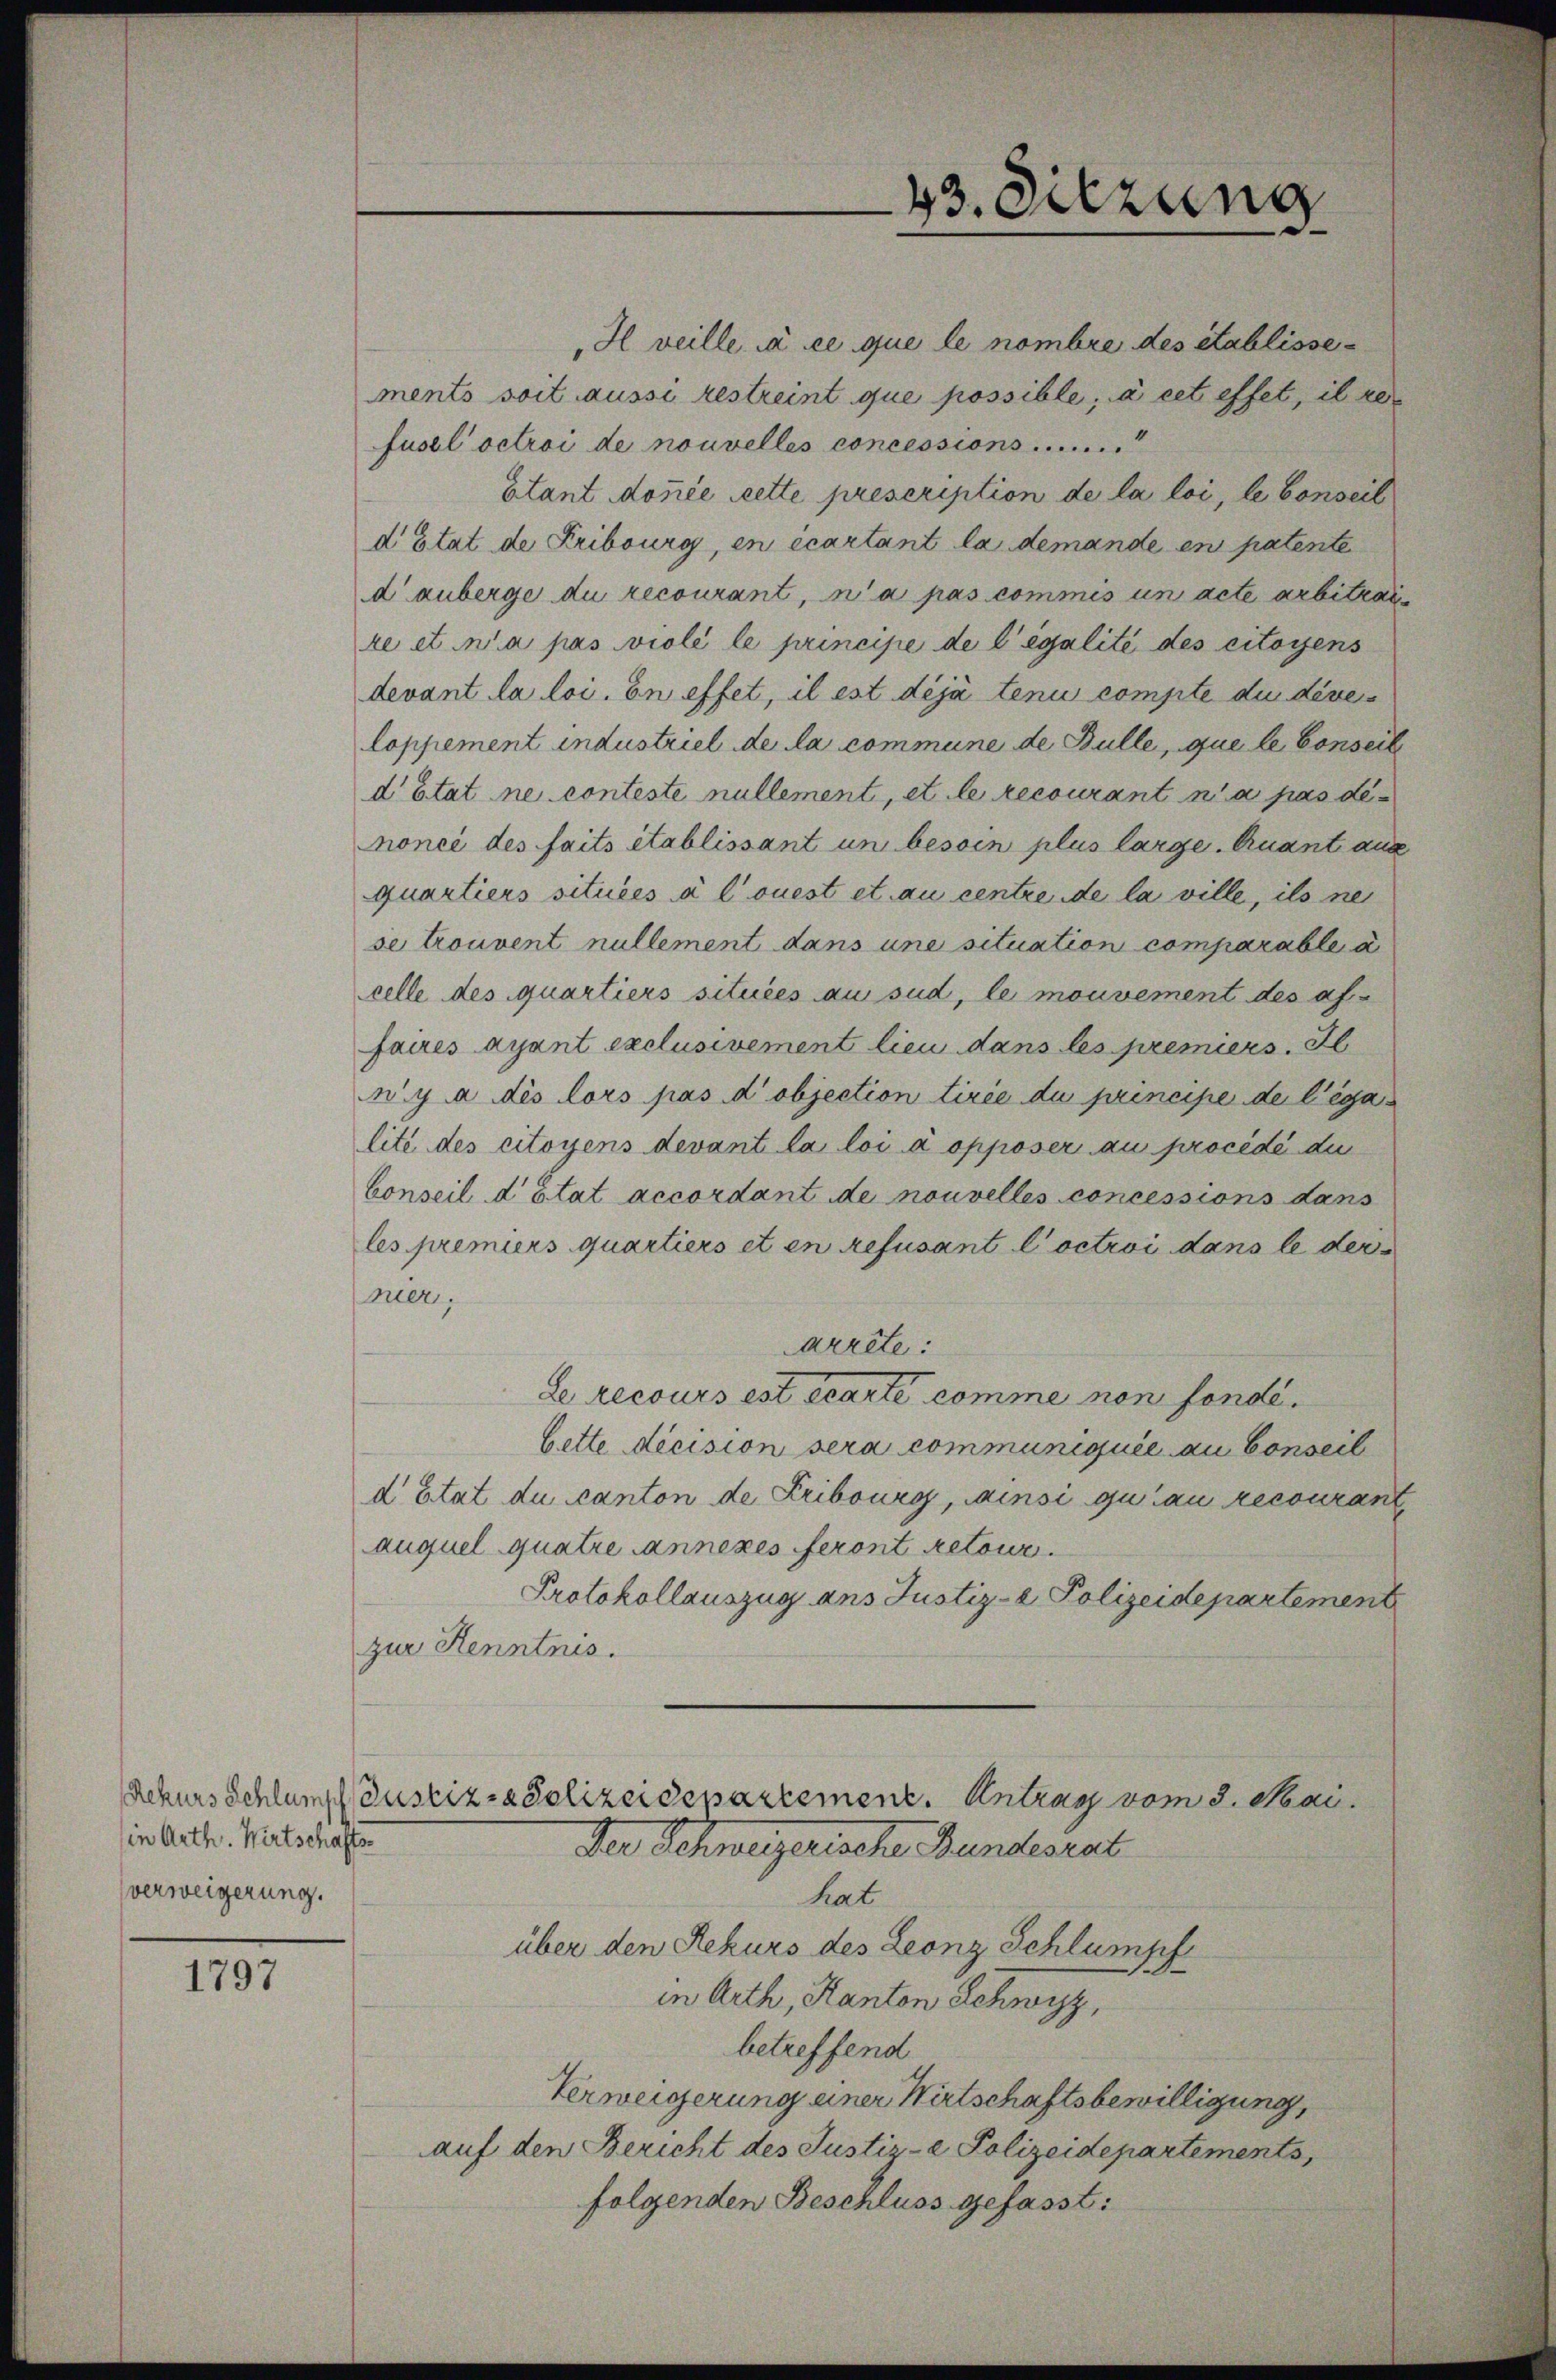
in Arth. Wirtschafts
verweigerung.

1797

H veille à ce que le nombre des établissements soit aussi restreint que possible, à cet effet, il re
fusel octroi de nouvelles concessions ......
Etant donnée cette prescription de la loi, le Conseil
d’Etat de Fribourg, en écartant la demande en patente
d’ anberge du recourant, n’a pas commis un acte arbitra
re et n’a pas violé le principe de légalité des citoyens
devant la loi. En effet, il est déjà tenu compte du diver
loppement industriel de la commune de Bulle, que le Conseit
d’Etat ne conteste nullement, et le recourant n’a pas de
noncé des faits établissant un besoin plus large. Quant aus
quartiers situées à l’ouest et au centre de la ville, ils ne
se trouvent nullement dans une situation comparable a
celle des quartiers situées au sud, le mouvement des af-
faires ayant exclusivement lieu dans les premiers. Il
n’y a dés lors pas d’objection tirée du principe de l’égalité des citoyens devant la loi a opposer au procédé du
Conseil d’Etat accordant de nouvelles concessions dans
les premiers quartiers et en refusant l’octroi dans le der
nier.
arrête:
Le recours est écarte comme non fondibette dicision sera communiquée au Conseil
d Etat du canton de Fribourg, ainsi qui au recourant
auquel quatre annexes feront retour
Protokollauszug ans Justiz- & Polizeidepartement
zur Kenntnis.
Rekurs Schlump Justiz- & Polizeidepartement. Antrag vom 3. Mai.
Der Schweizerische Bundesrat
hat
über den Rekurs des Leonz Schlumpf
in Arth, Kanton Schwyz,
betreffend
Verweigerung einer Wirtschaftsbewilligung,
auf den Bericht des Justiz-e Polizeidepartements,
folgenden Beschluss gefasst:

43. Dierung